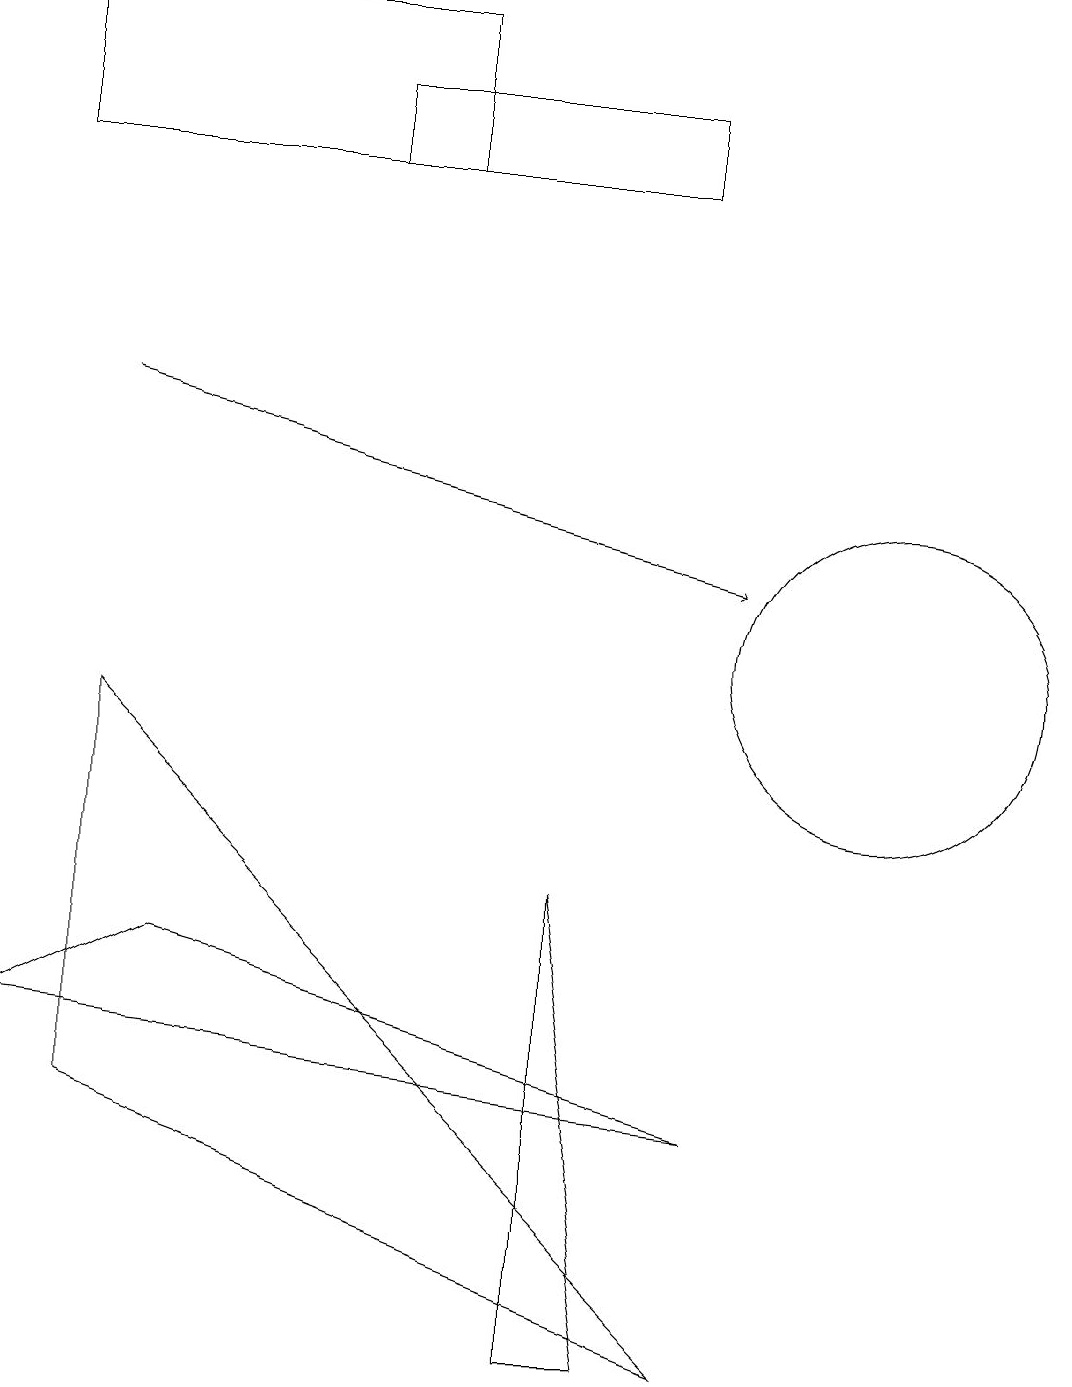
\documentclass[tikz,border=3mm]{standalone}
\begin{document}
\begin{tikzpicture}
\draw (11,10) circle (2);
\draw (4,17) rectangle (8,16);
\draw[->] (1,13) -- (9,11);
\draw (9,4) -- (2,6) -- (0,5) -- cycle;
\draw (8,1) -- (7,7) -- (7,1) -- cycle;
\draw (0,16) rectangle (5,18);
\draw (1,9) -- (1,4) -- (9,1) -- cycle;
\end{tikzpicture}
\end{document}